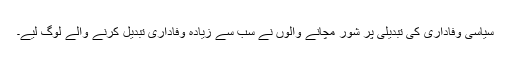
سیاسی وفاداری کی تبدیلی پر شور مچانے والوں نے سب سے زیادہ وفاداری تبدیل کرنے والے لوگ لیے۔